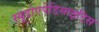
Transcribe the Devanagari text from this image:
स्यूडोएपेंडिसाइटिस